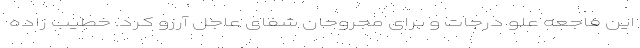
این فاجعه علو درجات و برای مجروحان شفای عاجل آرزو کرد. خطیب زاده